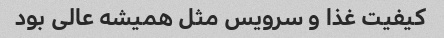
کیفیت غذا و سرویس مثل همیشه عالی بود